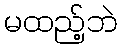
မထည့်ဘဲ